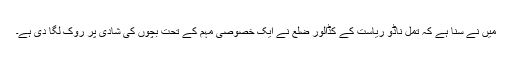
میں نے سنا ہے کہ تمل ناڈو ریاست کے کڈّالور ضلع نے ایک خصوصی مہم کے تحت بچوں کی شادی پر روک لگا دی ہے۔